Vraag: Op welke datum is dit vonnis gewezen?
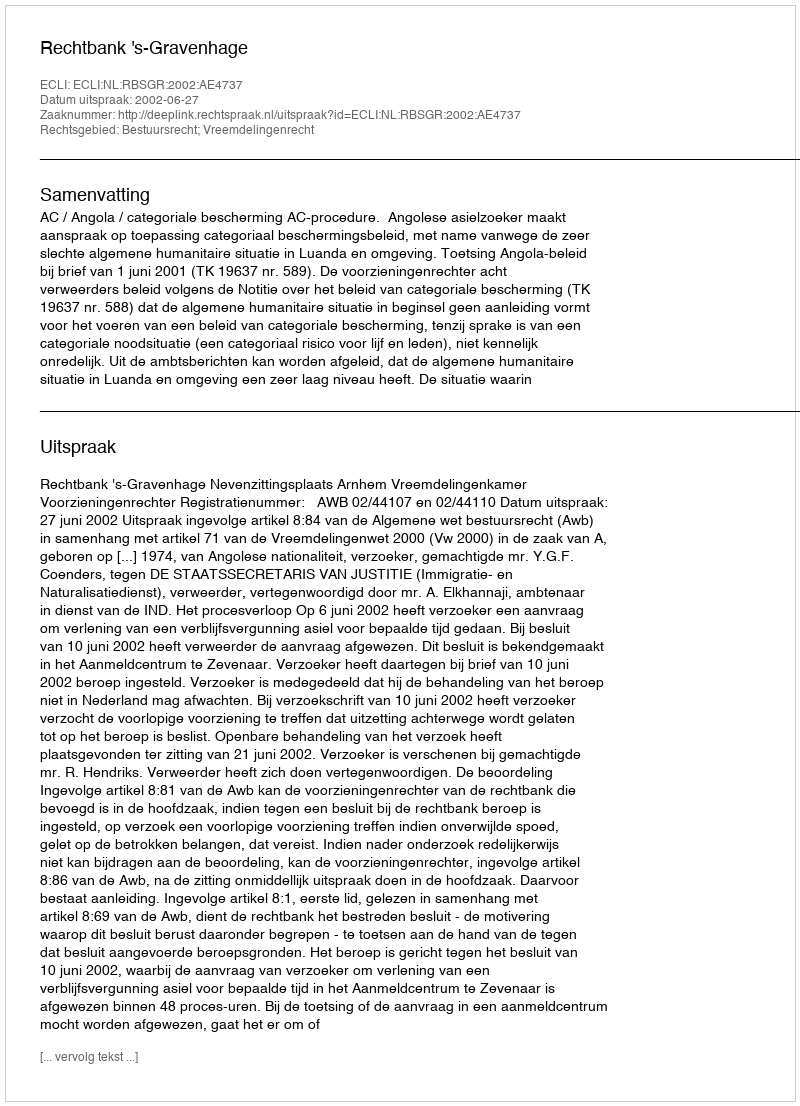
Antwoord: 2002-06-27